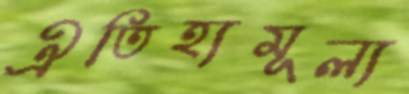
ঐতিহ্যমূল্য